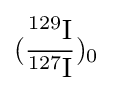
{\rm {({\frac {^{129}I}{^{127}I}})_{0}}}